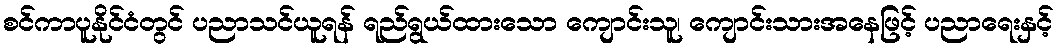
စင်ကာပူနိုင်ငံတွင် ပညာသင်ယူရန် ရည်ရွယ်ထားသော ကျောင်းသူ၊ ကျောင်းသားအနေဖြင့် ပညာရေးနှင့်